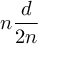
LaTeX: n { \frac { d } { 2 n } }